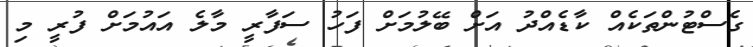
ގެސްޓުންތަކެއް ކާޑެއްދު އަށް ބޭލުމަށް ފަހު ސަފާރީ މާލެ އައުމަށް ފުރީ މި